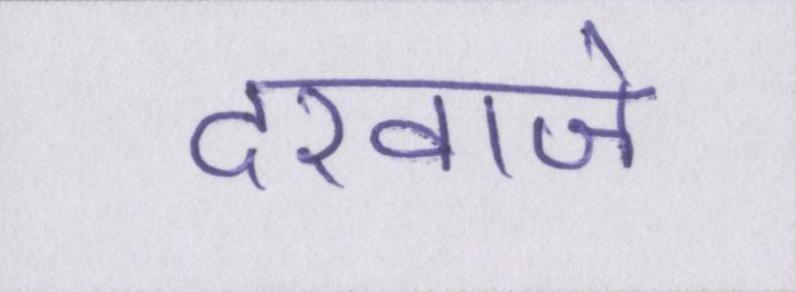
दरवाजे